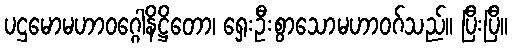
ပဌမောမဟာဝဂ္ဂေါနိဋ္ဌိတော၊ ရှေးဦးစွာသောမဟာဝဂ်သည်။ ပြီးပြီ။